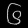
Digit: ၆